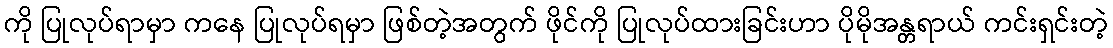
ကို ပြုလုပ်ရာမှာ ကနေ ပြုလုပ်ရမှာ ဖြစ်တဲ့အတွက် ဖိုင်ကို ပြုလုပ်ထားခြင်းဟာ ပိုမိုအန္တရာယ် ကင်းရှင်းတဲ့